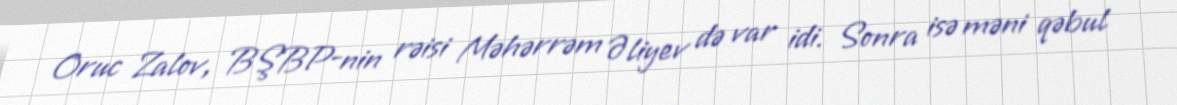
Oruc Zalov, BŞBP-nin rəisi Məhərrəm Əliyev də var idi. Sonra isə məni qəbul